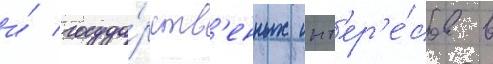
и́ госуда́рств'енных инт'ер'е́сов в